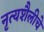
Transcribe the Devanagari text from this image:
नृत्यशैलीचे